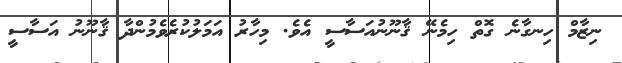
ނިޒާމް ހިނގާނެ ގޮތް ހިމެނޭ ޤާނޫނުއަސާސީ އެވެ. މިހާރު އަމަލުކުރެވެމުންދާ ޤާނޫނު އަސާސީ